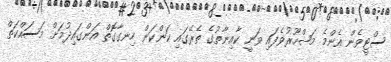
ސްޓީވެން އެންމެ މަޝްހޫރުވެފައި ވަނީ ކާއިނާތުގެ ތެރޭގައި ކަންކަން ހިނގާގޮތް އަންގައިދުމަށް މަސައްކަތް